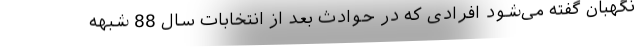
نگهبان گفته می‌شود افرادی که در حوادث بعد از انتخابات سال 88 شبهه